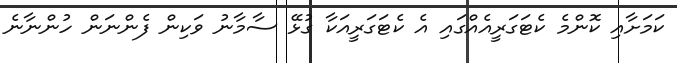
ކަމަށާއި ކޮންމެ ކެޓަގަރީއެއްގައި އެ ކެޓަގަރީއަކާ ގުޅޭ ސާމާނު ވަކިން ފެންނަން ހުންނާނެ